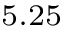
^ { 5 . 2 5 }